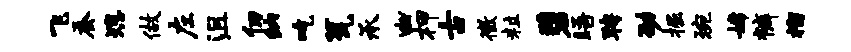
飞蚕熄做左沮仞纳吃瓮承幽柙古徵粒碧晤聘劭掘琬嫦裤榴